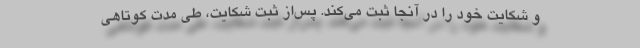
و شکایت خود را در آنجا ثبت می‌کند. پس‌از ثبت شکایت، طی مدت کوتاهی